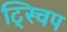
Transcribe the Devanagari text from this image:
ट्स्चिप